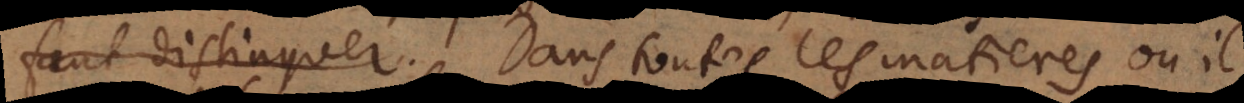
distinguer. Dans toutes les matieres où il